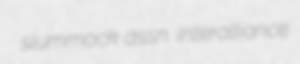
slummock assn. interalliance